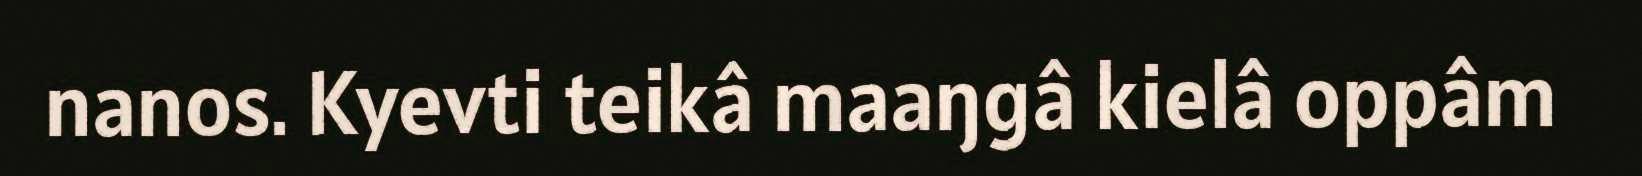
nanos. Kyevti teikâ maaŋgâ kielâ oppâm